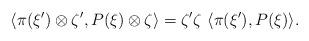
LaTeX: \begin{align*} \langle \pi(\xi') \otimes \zeta', P(\xi)\otimes \zeta \rangle =\zeta'\zeta \ \langle \pi(\xi'), P(\xi) \rangle.\end{align*}